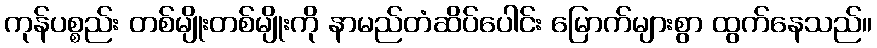
ကုန်ပစ္စည်း တစ်မျိုးတစ်မျိုးကို နာမည်တံဆိပ်ပေါင်း မြောက်များစွာ ထွက်နေသည်။